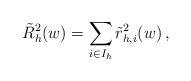
LaTeX: \begin{align*}\tilde{R}_h^2(w) = \sum_{i \in I_h} \tilde{r}_{h,i}^2(w) \,,\end{align*}